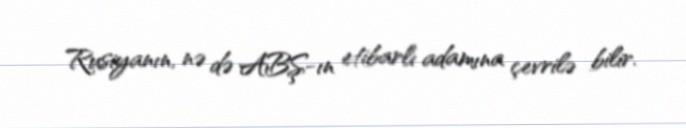
Rusiyanın, nə də ABŞ-ın etibarlı adamına çevrilə bilir.